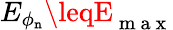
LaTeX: E_{\phi_{\mathtt{n}}}\leqE_{\mathrm{{~m~a~x~}}}